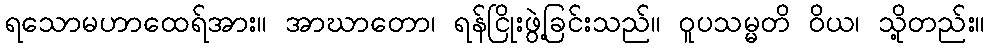
ရသောမဟာထေရ်အား။ အာဃာတော၊ ရန်ငြိုးဖွဲ့ခြင်းသည်။ ဝူပသမ္မတိ ဝိယ၊ သို့တည်း။